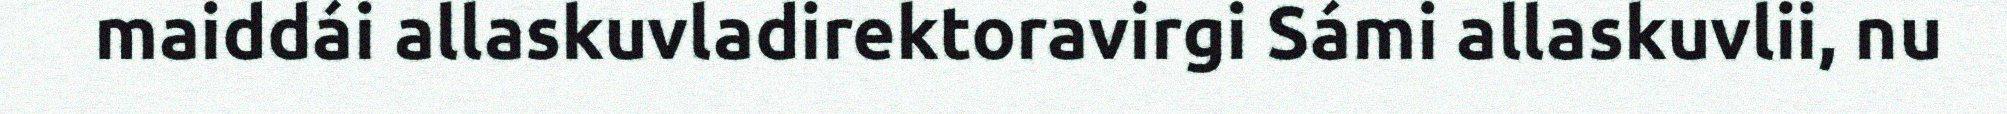
maiddái allaskuvladirektoravirgi Sámi allaskuvlii, nu